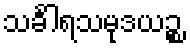
သင်္ခါရသမုဒယဉ္စ